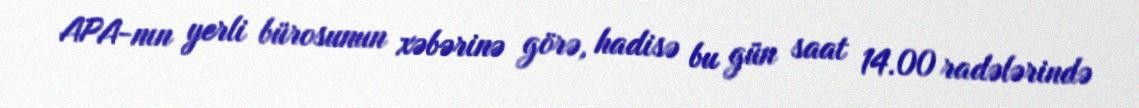
APA-nın yerli bürosunun xəbərinə görə, hadisə bu gün saat 14.00 radələrində